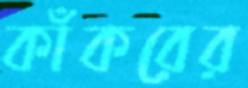
কাঁকরের